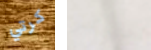
كرتي ستوكس